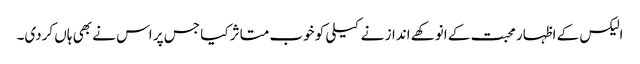
الیکس کے اظہار محبت کے انوکھے انداز نے کیلی کو خوب متاثر کیا جس پر اس نے بھی ہاں کردی۔